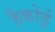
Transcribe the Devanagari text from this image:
हैकोई